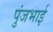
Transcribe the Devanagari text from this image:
पुंजभाई